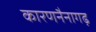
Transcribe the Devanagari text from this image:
कारणनैनागढ़